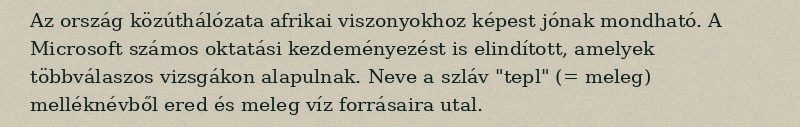
Az ország közúthálózata afrikai viszonyokhoz képest jónak mondható. A Microsoft számos oktatási kezdeményezést is elindított, amelyek többválaszos vizsgákon alapulnak. Neve a szláv "tepl" (= meleg) melléknévből ered és meleg víz forrásaira utal.